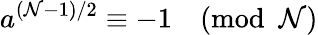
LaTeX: a^{(\mathcal{N}-1)/2}\equiv-1{\pmod{\mathcal{N}}}